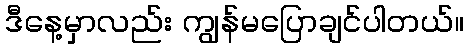
ဒီနေ့မှာလည်း ကျွန်မပြောချင်ပါတယ်။